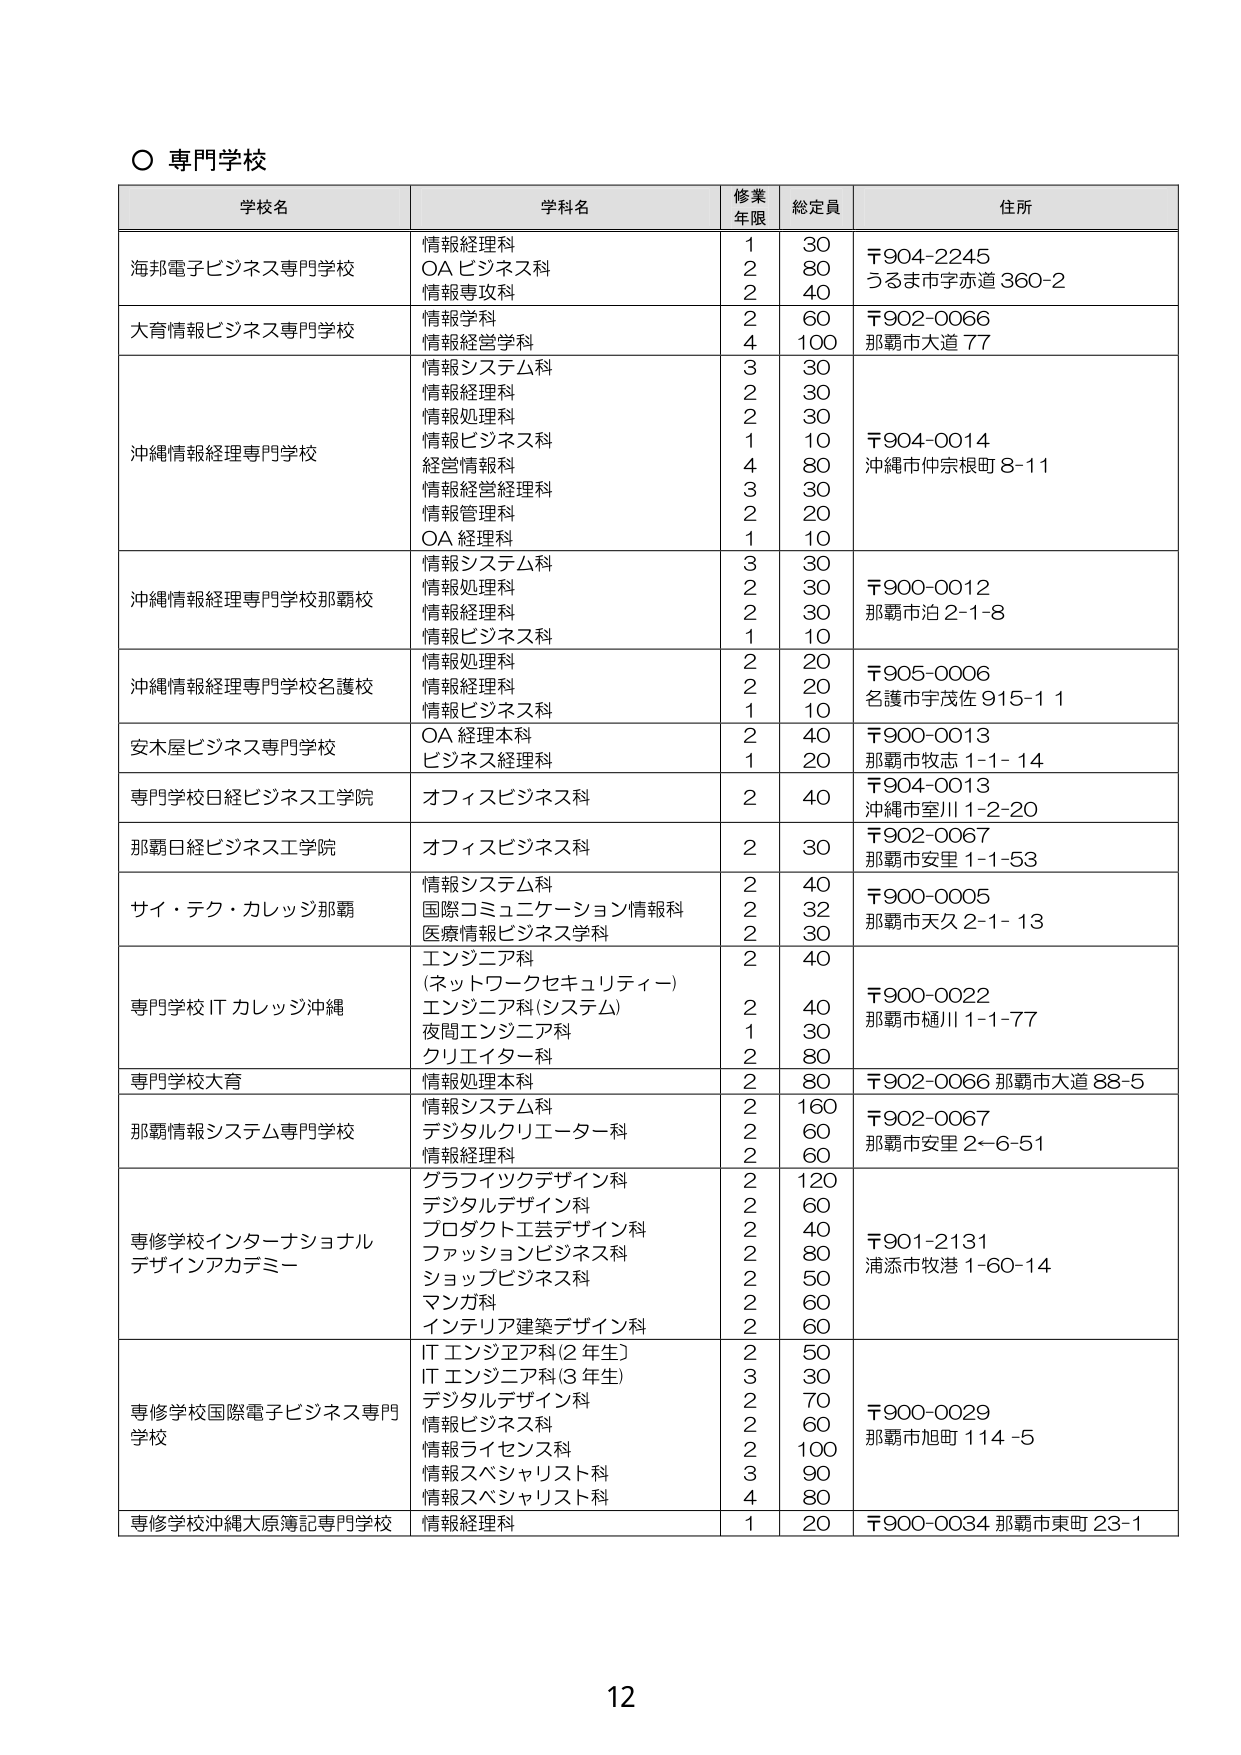
○ 専門学校

学校名　　　　　　　　　　　　　学科名　　　　　　　　　　　修業年限　総定員　　　　　　住所

海邦電子ビジネス専門学校　　　情報経理科　　　　　　　　　　1　　　30　　　　　　〒904-2245
　　　　　　　　　　　　　　　OA ビジネス科　　　　　　　　2　　　80　　　　　　うるま市赤道 360-2
　　　　　　　　　　　　　　　情報専攻科　　　　　　　　　　2　　　40

大育情報ビジネス専門学校　　　情報学科　　　　　　　　　　　2　　　60　　　　　　〒902-0066
　　　　　　　　　　　　　　　情報経営学科　　　　　　　　4　　　100　　　　　　那覇市大道 77

沖縄情報経理専門学校　　　　情報システム科　　　　　　　　3　　　30　　　　　　〒904-0014
　　　　　　　　　　　　　　　情報経理科　　　　　　　　　2　　　30　　　　　　沖縄市仲宗根町 8-11
　　　　　　　　　　　　　　　情報処理科　　　　　　　　　2　　　30
　　　　　　　　　　　　　　　情報ビジネス科　　　　　　　1　　　10
　　　　　　　　　　　　　　　経営情報科　　　　　　　　　4　　　80
　　　　　　　　　　　　　　　情報経営経理科　　　　　　　3　　　30
　　　　　　　　　　　　　　　情報管理科　　　　　　　　　2　　　20
　　　　　　　　　　　　　　　OA 経理科　　　　　　　　　1　　　10

沖縄情報経理専門学校那覇校　情報システム科　　　　　　　　3　　　30　　　　　　〒900-0012
　　　　　　　　　　　　　　　情報処理科　　　　　　　　　2　　　30　　　　　　那覇市泊 2-1-8
　　　　　　　　　　　　　　　情報経理科　　　　　　　　　2　　　30
　　　　　　　　　　　　　　　情報ビジネス科　　　　　　　1　　　10

沖縄情報経理専門学校名護校　情報処理科　　　　　　　　　　2　　　20　　　　　　〒905-0006
　　　　　　　　　　　　　　　情報経理科　　　　　　　　　2　　　20　　　　　　名護市宇茂佐 915-11
　　　　　　　　　　　　　　　情報ビジネス科　　　　　　　1　　　10

安木屋ビジネス専門学校　　　OA 経理本科　　　　　　　　　2　　　40　　　　　　〒900-0013
　　　　　　　　　　　　　　　ビジネス経理科　　　　　　　1　　　20　　　　　　那覇市牧志 1-1-14

専門学校日経ビジネス工学院　オフィスビジネス科　　　　　　2　　　40　　　　　　〒904-0013
　　　　　　　　　　　　　　　　　　　　　　　　　　　　　　　　　　　　　　　沖縄市室川 1-2-20

那覇日経ビジネス工学院　　　オフィスビジネス科　　　　　　2　　　30　　　　　　〒902-0067
　　　　　　　　　　　　　　　　　　　　　　　　　　　　　　　　　　　　　　　那覇市安里 1-1-53

サイ・テク・カレッジ那覇　　情報システム科　　　　　　　　2　　　40　　　　　　〒900-0005
　　　　　　　　　　　　　　　国際コミュニケーション情報科　2　　　32　　　　　　那覇市天久 2-1-13
　　　　　　　　　　　　　　　医療情報ビジネス学科　　　　2　　　30
　　　　　　　　　　　　　　　エンジニア科　　　　　　　　2　　　40
　　　　　　　　　　　　　　　(ネットワークセキュリティー)

専門学校 IT カレッジ沖縄　　　エンジニア科(システム)　　　2　　　40　　　　　　〒900-0022
　　　　　　　　　　　　　　　夜間エンジニア科　　　　　　1　　　30　　　　　　那覇市樋川 1-1-77
　　　　　　　　　　　　　　　クリエイター科　　　　　　　2　　　80

専門学校大育　　　　　　　　情報処理本科　　　　　　　　　2　　　80　　　　　　〒902-0066 那覇市大道 88-5

那覇情報システム専門学校　　情報システム科　　　　　　　　2　　　160　　　　　　〒902-0067
　　　　　　　　　　　　　　　デジタルクリエーター科　　　2　　　60　　　　　　那覇市安里 2-6-51
　　　　　　　　　　　　　　　情報経理科　　　　　　　　　2　　　60

専修学校インターナショナル　グラフィックデザイン科　　　　2　　　120　　　　　　〒901-2131
デザインアカデミー　　　　　デジタルデザイン科　　　　　　2　　　60　　　　　　浦添市牧港 1-60-14
　　　　　　　　　　　　　　　プロダクト工芸デザイン科　　2　　　40
　　　　　　　　　　　　　　　ファッションビジネス科　　　2　　　80
　　　　　　　　　　　　　　　ショップビジネス科　　　　　2　　　50
　　　　　　　　　　　　　　　マンガ科　　　　　　　　　　2　　　60
　　　　　　　　　　　　　　　インテリア建築デザイン科　　2　　　60

専修学校国際電子ビジネス専門　IT エンジニア科(2 年生)　　2　　　50　　　　　　〒900-0029
学校　　　　　　　　　　　　IT エンジニア科(3 年生)　　3　　　30　　　　　　那覇市旭町 114-5
　　　　　　　　　　　　　　　デジタルデザイン科　　　　　2　　　70
　　　　　　　　　　　　　　　情報ビジネス科　　　　　　　2　　　60
　　　　　　　　　　　　　　　情報ライセンス科　　　　　　2　　　100
　　　　　　　　　　　　　　　情報スペシャリスト科　　　3　　　90
　　　　　　　　　　　　　　　情報スペシャリスト科　　　4　　　80

専修学校沖縄大原簿記専門学校　情報経理科　　　　　　　　1　　　20　　　　　　〒900-0034 那覇市東町 23-1

12